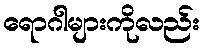
ရောဂါများကိုလည်း